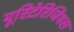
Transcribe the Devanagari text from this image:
यूरिटेरिजियस